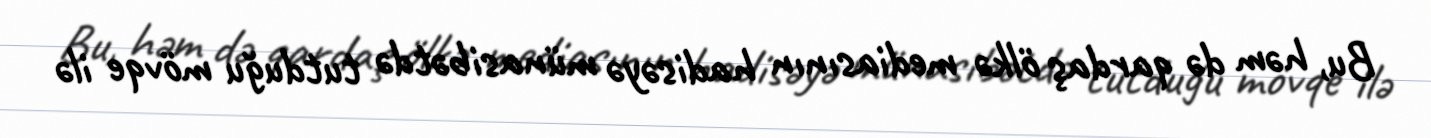
Bu, həm də qardaş ölkə mediasının hadisəyə münasibətdə tutduğu mövqe ilə